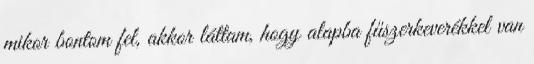
mikor bontom fel, akkor láttam, hogy alapba fűszerkeverékkel van